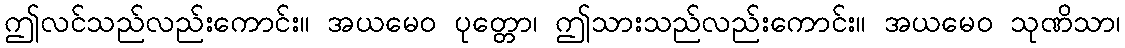
ဤလင်သည်လည်းကောင်း။ အယမေဝ ပုတ္တော၊ ဤသားသည်လည်းကောင်း။ အယမေဝ သုဏိသာ၊